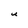
Character: U